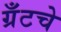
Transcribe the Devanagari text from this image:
ग्रँटचे